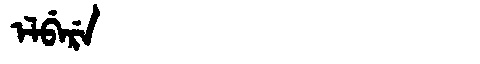
Manchu: ᡝᠯᠪᡝᡵᡝ
Romanization: ELBERE